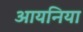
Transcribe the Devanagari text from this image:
आयनिया